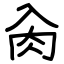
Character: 肏